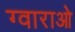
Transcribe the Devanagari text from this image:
ग्वाराओ